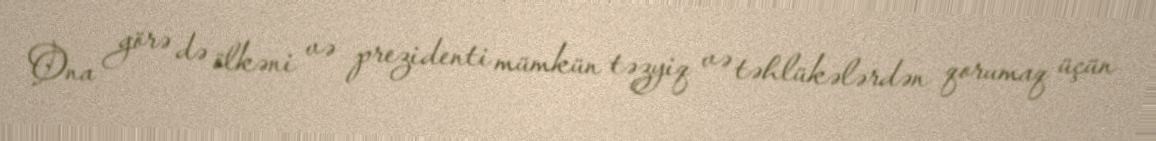
Ona görə də ölkəni və prezidenti mümkün təzyiq və təhlükələrdən qorumaq üçün